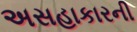
અસહાકારની